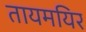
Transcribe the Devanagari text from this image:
तायमयिर